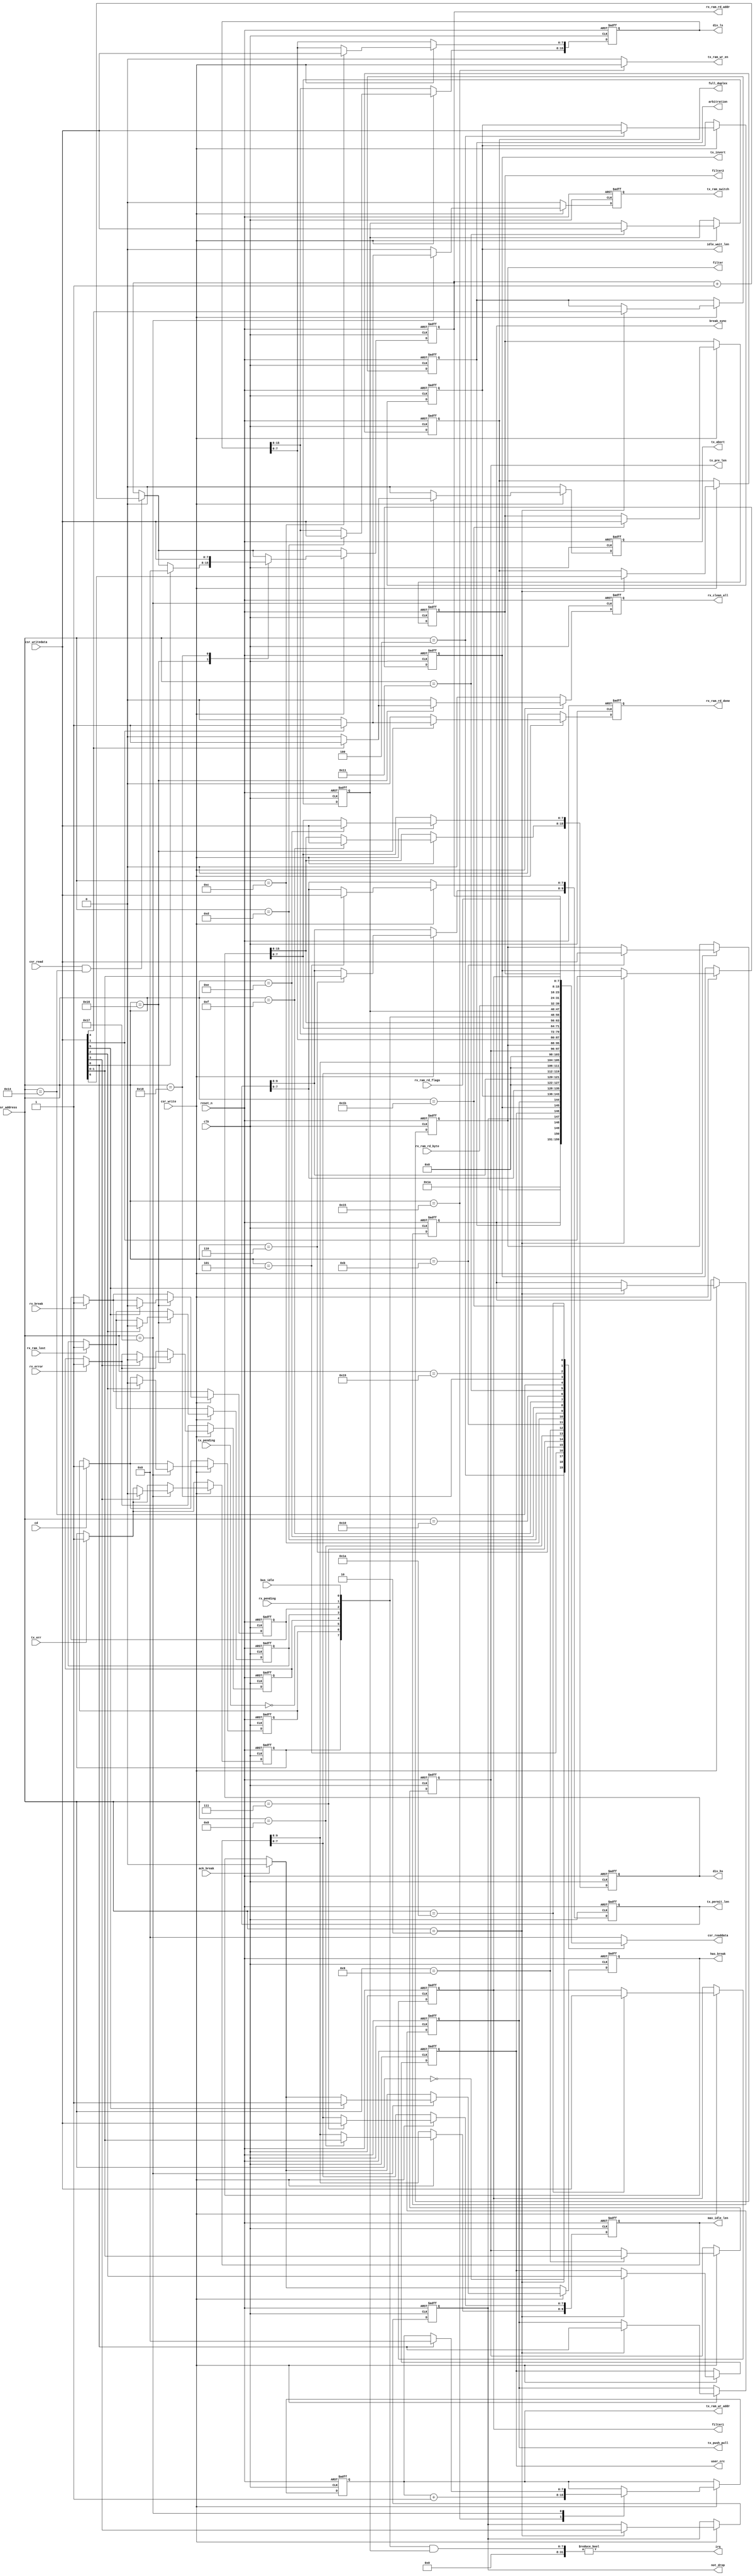
/*
 * This Source Code Form is subject to the terms of the Mozilla
 * Public License, v. 2.0. If a copy of the MPL was not distributed
 * with this file, You can obtain one at https://mozilla.org/MPL/2.0/.
 * Notice: The scope granted to MPL excludes the ASIC industry.
 *
 * Copyright (c) 2017 DUKELEC, All rights reserved.
 *
 */

module cd_csr
    #(
        parameter VERSION = 8'd13,
        parameter DIV_LS = 346, // default: 115200 bps for 40MHz clk
        parameter DIV_HS = 346
    )(
        input               clk,
        input               reset_n,
        output              irq,

        input       [4:0]   csr_address,
        input               csr_read,
        output reg  [7:0]   csr_readdata,
        input               csr_write,
        input       [7:0]   csr_writedata,

        output reg          full_duplex,
        output reg          break_sync,
        output reg          arbitration,
        output reg          not_drop,
        output reg          user_crc,
        output reg          tx_invert,
        output reg          tx_push_pull,

        output reg  [7:0]   idle_wait_len,
        output reg  [9:0]   tx_permit_len,
        output reg  [9:0]   max_idle_len,
        output reg  [1:0]   tx_pre_len,
        output reg  [7:0]   filter,
        output reg  [7:0]   filter1,
        output reg  [7:0]   filter2,
        output reg  [15:0]  div_ls,
        output reg  [15:0]  div_hs,

        output reg  [7:0]   rx_ram_rd_addr,
        output reg          rx_ram_rd_done,
        output reg          rx_clean_all,
        input       [7:0]   rx_ram_rd_byte,
        input       [7:0]   rx_ram_rd_flags,
        input               rx_error,
        input               rx_ram_lost,
        input               rx_break,
        input               rx_pending,
        input               bus_idle,

        output              tx_ram_wr_en,
        output reg  [7:0]   tx_ram_wr_addr,
        output reg          tx_ram_switch,
        output reg          tx_abort,
        output reg          has_break,
        input               ack_break,
        input               tx_pending,
        input               cd,
        input               tx_err
    );

localparam
    REG_VERSION         = 'h00,
    REG_SETTING         = 'h02,
    REG_IDLE_WAIT_LEN   = 'h04,
    REG_TX_PERMIT_LEN_L = 'h05,
    REG_TX_PERMIT_LEN_H = 'h06,
    REG_MAX_IDLE_LEN_L  = 'h07,
    REG_MAX_IDLE_LEN_H  = 'h08,
    REG_TX_PRE_LEN      = 'h09,
    REG_FILTER          = 'h0b,
    REG_DIV_LS_L        = 'h0c,
    REG_DIV_LS_H        = 'h0d,
    REG_DIV_HS_L        = 'h0e,
    REG_DIV_HS_H        = 'h0f,
    REG_INT_FLAG        = 'h10,
    REG_INT_MASK        = 'h11,
    REG_RX              = 'h14,
    REG_TX              = 'h15,
    REG_RX_CTRL         = 'h16,
    REG_TX_CTRL         = 'h17,
    REG_RX_ADDR         = 'h18,
    REG_RX_PAGE_FLAG    = 'h19,
    REG_FILTER1         = 'h1a,
    REG_FILTER2         = 'h1b;

reg tx_error_flag;
reg cd_flag;
reg rx_error_flag;
reg rx_lost_flag;
reg rx_break_flag;

reg [7:0] int_mask;
wire [7:0] int_flag = {tx_error_flag, cd_flag, ~tx_pending, rx_error_flag,
                       rx_lost_flag, rx_break_flag, rx_pending, bus_idle};

assign tx_ram_wr_en = (csr_address == REG_TX) ? csr_write : 1'b0;

assign irq = (int_flag & int_mask) != 0;


always @(*)
    case (csr_address)
        REG_VERSION:
            csr_readdata = VERSION;
        REG_SETTING:
            csr_readdata = {1'd0, full_duplex, break_sync, arbitration,
                            not_drop, user_crc, tx_invert, tx_push_pull};
        REG_IDLE_WAIT_LEN:
            csr_readdata = idle_wait_len;
        REG_TX_PERMIT_LEN_L:
            csr_readdata = tx_permit_len[7:0];
        REG_TX_PERMIT_LEN_H:
            csr_readdata = {6'd0, tx_permit_len[9:8]};
        REG_MAX_IDLE_LEN_L:
            csr_readdata = max_idle_len[7:0];
        REG_MAX_IDLE_LEN_H:
            csr_readdata = {6'd0, max_idle_len[9:8]};
        REG_TX_PRE_LEN:
            csr_readdata = {6'd0, tx_pre_len};
        REG_FILTER:
            csr_readdata = filter;
        REG_DIV_LS_L:
            csr_readdata = div_ls[7:0];
        REG_DIV_LS_H:
            csr_readdata = div_ls[15:8];
        REG_DIV_HS_L:
            csr_readdata = div_hs[7:0];
        REG_DIV_HS_H:
            csr_readdata = div_hs[15:8];
        REG_INT_FLAG:
            csr_readdata = int_flag;
        REG_INT_MASK:
            csr_readdata = int_mask;
        REG_RX:
            csr_readdata = rx_ram_rd_byte;
        REG_RX_ADDR:
            csr_readdata = rx_ram_rd_addr;
        REG_RX_PAGE_FLAG:
            csr_readdata = rx_ram_rd_flags;
        REG_FILTER1:
            csr_readdata = filter1;
        REG_FILTER2:
            csr_readdata = filter2;
        default:
            csr_readdata = 0;
    endcase


always @(posedge clk or negedge reset_n)
    if (!reset_n) begin
        full_duplex <= 0;
        break_sync <= 0;
        arbitration <= 1;
        not_drop <= 0;
        user_crc <= 0;
        tx_invert <= 0;
        tx_push_pull <= 0;

        idle_wait_len <= 10;
        tx_permit_len <= 20;
        max_idle_len <= 200;
        tx_pre_len <= 1;
        filter <= 8'hff;
        filter1 <= 8'hff;
        filter2 <= 8'hff;
        div_ls <= DIV_LS;
        div_hs <= DIV_HS;

        tx_error_flag <= 0;
        cd_flag <= 0;
        rx_error_flag <= 0;
        rx_lost_flag <= 0;
        rx_break_flag <= 0;

        int_mask <= 0;

        rx_ram_rd_addr <= 0;
        rx_ram_rd_done <= 0;
        rx_clean_all <= 0;

        tx_ram_wr_addr <= 0;
        tx_ram_switch <= 0;
        tx_abort <= 0;
        has_break <= 0;
    end
    else begin
        rx_ram_rd_done <= 0;
        rx_clean_all <= 0;
        tx_ram_switch <= 0;
        tx_abort <= 0;

        if (rx_error)
            rx_error_flag <= 1;
        if (rx_ram_lost)
            rx_lost_flag <= 1;
        if (rx_break)
            rx_break_flag <= 1;
        if (cd)
            cd_flag <= 1;
        if (tx_err)
            tx_error_flag <= 1;
        if (ack_break)
            has_break <= 0;

        if (csr_read && csr_address == REG_RX)
            rx_ram_rd_addr <= rx_ram_rd_addr + 1'd1;

        if (csr_write)
            case (csr_address)
                REG_SETTING: begin
                    full_duplex <= csr_writedata[6];
                    break_sync <= csr_writedata[5];
                    arbitration <= csr_writedata[4];
                    not_drop <= csr_writedata[3];
                    user_crc <= csr_writedata[2];
                    tx_invert <= csr_writedata[1];
                    tx_push_pull <= csr_writedata[0];
                end
                REG_IDLE_WAIT_LEN:
                    idle_wait_len <= csr_writedata;
                REG_TX_PERMIT_LEN_L:
                    tx_permit_len[7:0] <= csr_writedata;
                REG_TX_PERMIT_LEN_H:
                    tx_permit_len[9:8] <= csr_writedata[1:0];
                REG_MAX_IDLE_LEN_L:
                    max_idle_len[7:0] <= csr_writedata;
                REG_MAX_IDLE_LEN_H:
                    max_idle_len[9:8] <= csr_writedata[1:0];
                REG_TX_PRE_LEN:
                    tx_pre_len <= csr_writedata[1:0];
                REG_FILTER:
                    filter <= csr_writedata;
                REG_DIV_LS_L:
                    div_ls[7:0] <= csr_writedata;
                REG_DIV_LS_H:
                    div_ls[15:8] <= csr_writedata;
                REG_DIV_HS_L:
                    div_hs[7:0] <= csr_writedata;
                REG_DIV_HS_H:
                    div_hs[15:8] <= csr_writedata;
                REG_INT_MASK:
                    int_mask <= csr_writedata;
                REG_TX:
                    tx_ram_wr_addr <= tx_ram_wr_addr + 1'd1;
                REG_RX_CTRL: begin
                    if (csr_writedata[0])
                        rx_ram_rd_addr <= 0;
                    if (csr_writedata[1])
                        rx_ram_rd_done <= 1;
                    if (csr_writedata[2])
                        rx_lost_flag <= 0;
                    if (csr_writedata[3])
                        rx_error_flag <= 0;
                    if (csr_writedata[4])
                        rx_clean_all <= 1;
                    if (csr_writedata[5])
                        rx_break_flag <= 0;
                end
                REG_TX_CTRL: begin
                    if (csr_writedata[0])
                        tx_ram_wr_addr <= 0;
                    if (csr_writedata[1])
                        tx_ram_switch <= 1;
                    if (csr_writedata[2])
                        cd_flag <= 0;
                    if (csr_writedata[3])
                        tx_error_flag <= 0;
                    if (csr_writedata[4])
                        tx_abort <= 1;
                    if (csr_writedata[5])
                        has_break <= 1;
                end
                REG_RX_ADDR: begin
                    rx_ram_rd_addr <= csr_writedata;
                end
                REG_FILTER1:
                    filter1 <= csr_writedata;
                REG_FILTER2:
                    filter2 <= csr_writedata;
            endcase
    end

endmodule